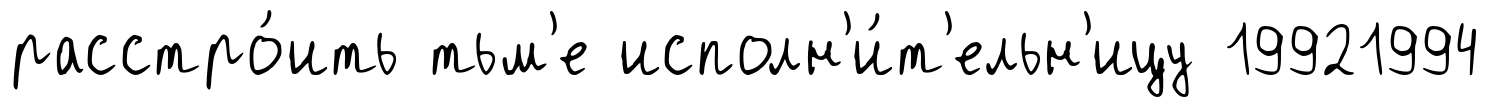
расстро́ить тьм'е исполн'и́т'ельн'ицу 19921994